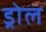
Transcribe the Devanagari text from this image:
ड्रोल